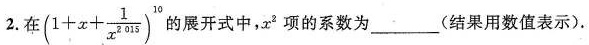
2.在$$( 1 + x + \frac { 1 } { x ^ { 2 0 1 5 } } ) ^ { 1 0 }$$ 的展开式中，x^{2}项的系数为___(结果用数值表示).